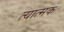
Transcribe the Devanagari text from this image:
त्यात्मक